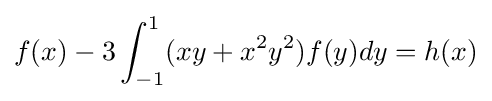
f(x)-3\int _{-1}^{1}(xy+x^{2}y^{2})f(y)dy=h(x)